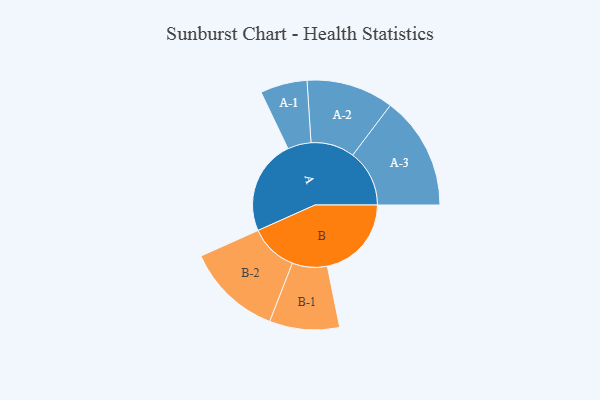
{"axis": {"x": "Segment", "y": "Value"}, "legend": ["", "A", "B"], "data": [{"x": "A", "y": 428, "type": ""}, {"x": "B", "y": 380, "type": ""}, {"x": "A-1", "y": 106, "type": "A"}, {"x": "A-2", "y": 197, "type": "A"}, {"x": "A-3", "y": 256, "type": "A"}, {"x": "B-1", "y": 158, "type": "B"}, {"x": "B-2", "y": 216, "type": "B"}]}